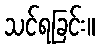
သင်ရခြင်း။